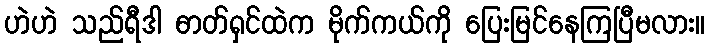
ဟဲဟဲ သည်ရီဒါ ဓာတ်ရှင်ထဲက မိုက်ကယ်ကို ပြေးမြင်နေကြပြီမလား။